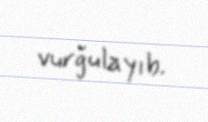
vurğulayıb.